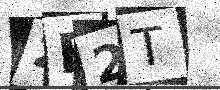
Text: 2F2T